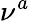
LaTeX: \nu^{a}